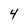
Character: 4